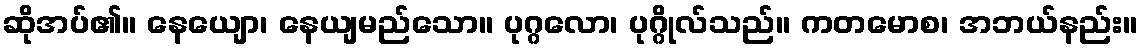
ဆိုအပ်၏။ နေယျော၊ နေယျမည်သော။ ပုဂ္ဂလော၊ ပုဂ္ဂိုလ်သည်။ ကတမောစ၊ အဘယ်နည်း။